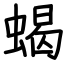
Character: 蝎